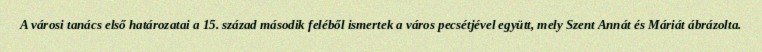
A városi tanács első határozatai a 15. század második feléből ismertek a város pecsétjével együtt, mely Szent Annát és Máriát ábrázolta.